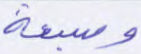
وسبعة